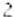
2